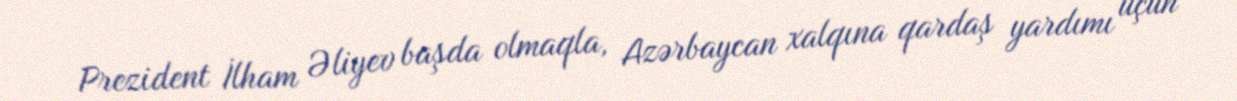
Prezident İlham Əliyev başda olmaqla, Azərbaycan xalqına qardaş yardımı üçün